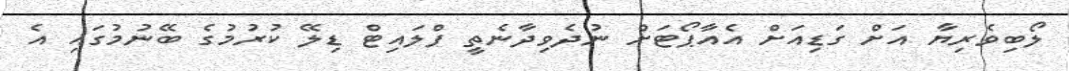
ލޯބިވެރިޔާ އަށް ގަޑިއަށް އެއާޕޯޓަށް ނުދެވިދާނެތީ ފްލައިޓް ޑިލޭ ކުރުމުގެ ބޭނުމުގައި އެ